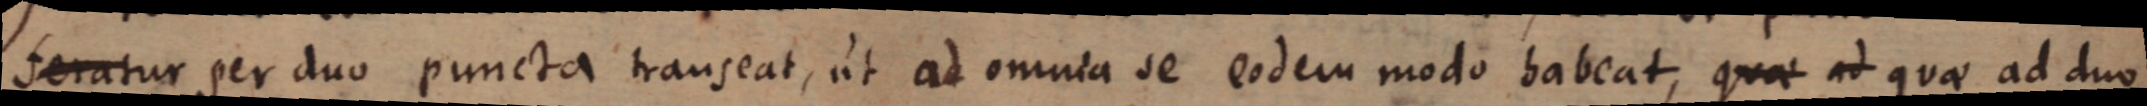
feratur per duo puncta transeat, ut ad omnia se eodem modo habeat, quae at quae ad duo